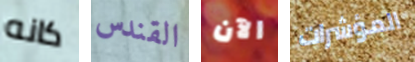
كانه القندس الآن المؤشرات